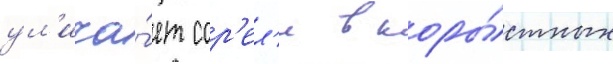
ул'ича́ет сор'ел'я в коры́стных